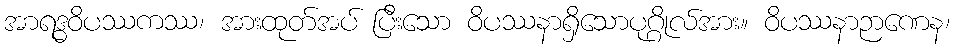
အာရဒ္ဓဝိပဿကဿ၊ အားထုတ်အပ် ပြီးသော ဝိပဿနာရှိသောပုဂ္ဂိုလ်အား။ ဝိပဿနာဉာဏေန၊